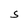
Character: S